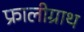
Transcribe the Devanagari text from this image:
फ्रालीग्राथ